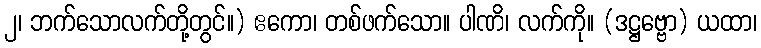
၂၊ ဘက်သောလက်တို့တွင်။) ဧကော၊ တစ်ဖက်သော။ ပါဏိ၊ လက်ကို။ (ဒဋ္ဌဗ္ဗော) ယထာ၊